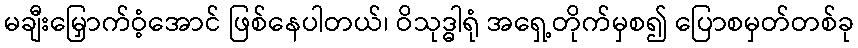
မချီးမြှောက်ဝံ့အောင် ဖြစ်နေပါတယ်၊ ဝိသုဒ္ဓါရုံ အရှေ့တိုက်မှစ၍ ပြောစမှတ်တစ်ခု